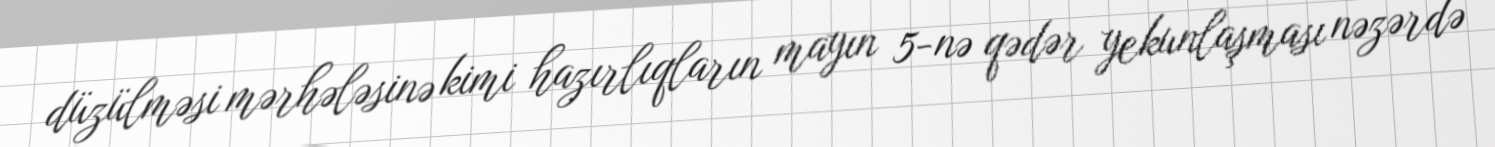
düzülməsi mərhələsinə kimi hazırlıqların mayın 5-nə qədər yekunlaşması nəzərdə